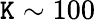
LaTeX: \mathtt{K}\sim100